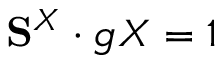
\mathbf { S } ^ { X } \cdot \boldsymbol { g } _ { \sf } { X } = 1